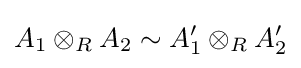
A_{1}\otimes _{R}A_{2}\sim A_{1}'\otimes _{R}A_{2}'